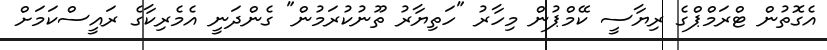
އެގޮތުން ޓްރަމްޕްގެ ރިޔާސީ ކޭމްޕުން މިހާރު "ހަތިޔާރު ތޫނުކުރަމުން" ގެންދަނީ އެމެރިކާގެ ރައީސްކަމަށް